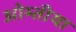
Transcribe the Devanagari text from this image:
ओम्तीया